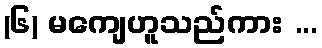
(၆) မကျေဟူသည်ကား ...